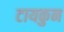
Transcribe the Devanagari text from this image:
टायकुन